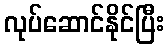
လုပ်ဆောင်နိုင်ပြီး